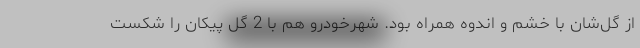
از گل‌شان با خشم و اندوه همراه بود. شهرخودرو هم با 2 گل پیکان را شکست